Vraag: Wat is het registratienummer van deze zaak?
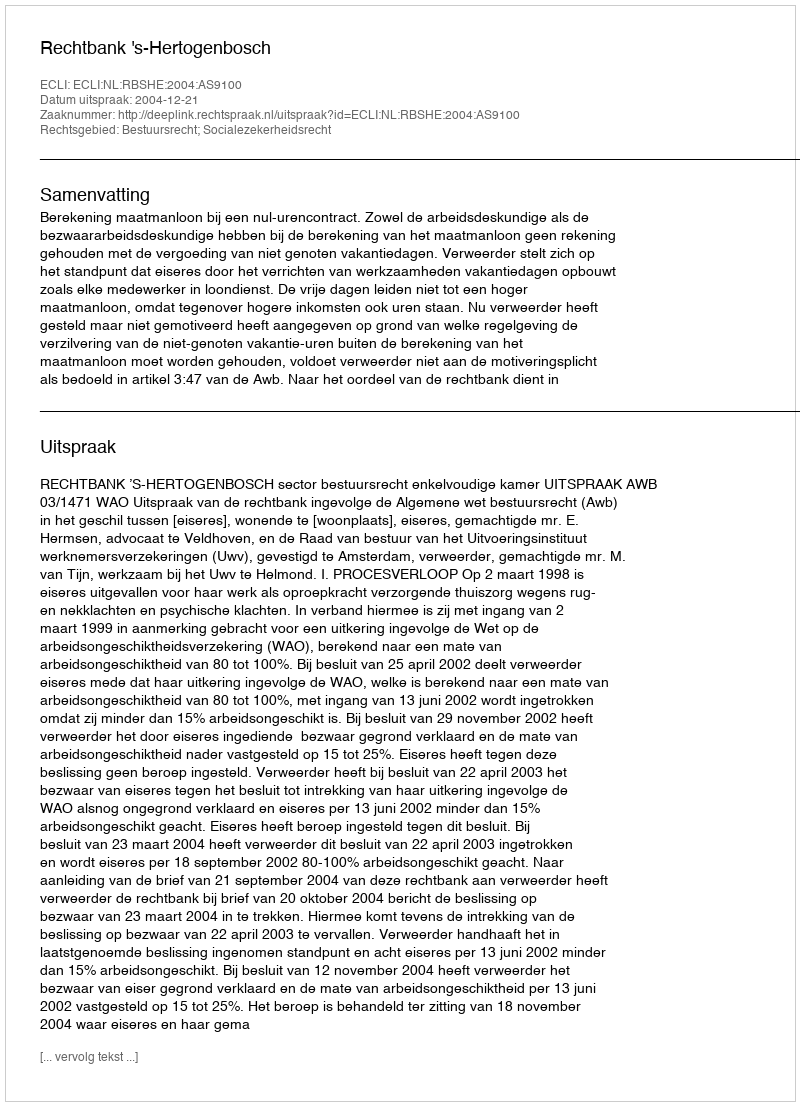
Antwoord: http://deeplink.rechtspraak.nl/uitspraak?id=ECLI:NL:RBSHE:2004:AS9100